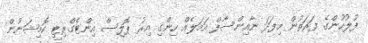
ފުލުހުންގެ ފަރަތުން މިފަދަ ނާއިންސާފް އަމަލެއް ހިންގި އިރު ޕޮލިސް އިންޓެގްރިޓީ ކޮމިޝަނުން